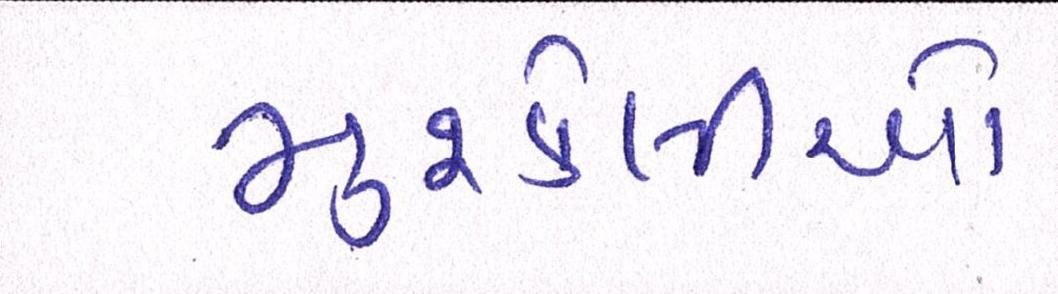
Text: મુશ્કેલીઓ